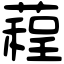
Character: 𦻓